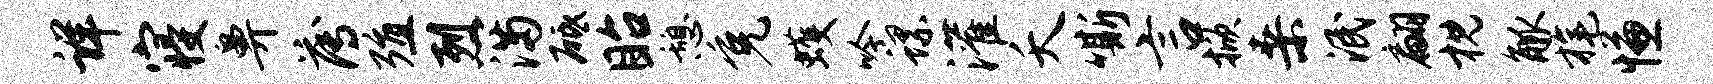
详寝鼻薄殖烈满砥眙憩免蠖吟螺灌夭嘶言掀桑泯翩枕觚旄慊